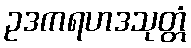
ဥဒကရဟဒသုတ္တံ